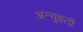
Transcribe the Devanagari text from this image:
अन्युइती